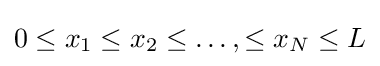
0\leq x_{1}\leq x_{2}\leq \dots ,\leq x_{N}\leq L